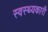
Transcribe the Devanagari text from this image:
स्वस्थ्यकारी